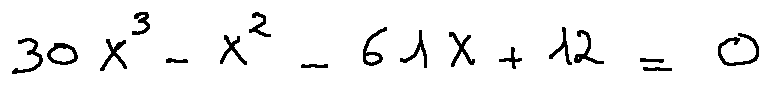
3 0 X ^ { 3 } - X ^ { 2 } - 6 1 X + 1 2 = 0